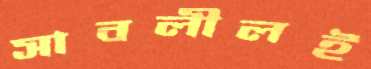
সাবলীলই